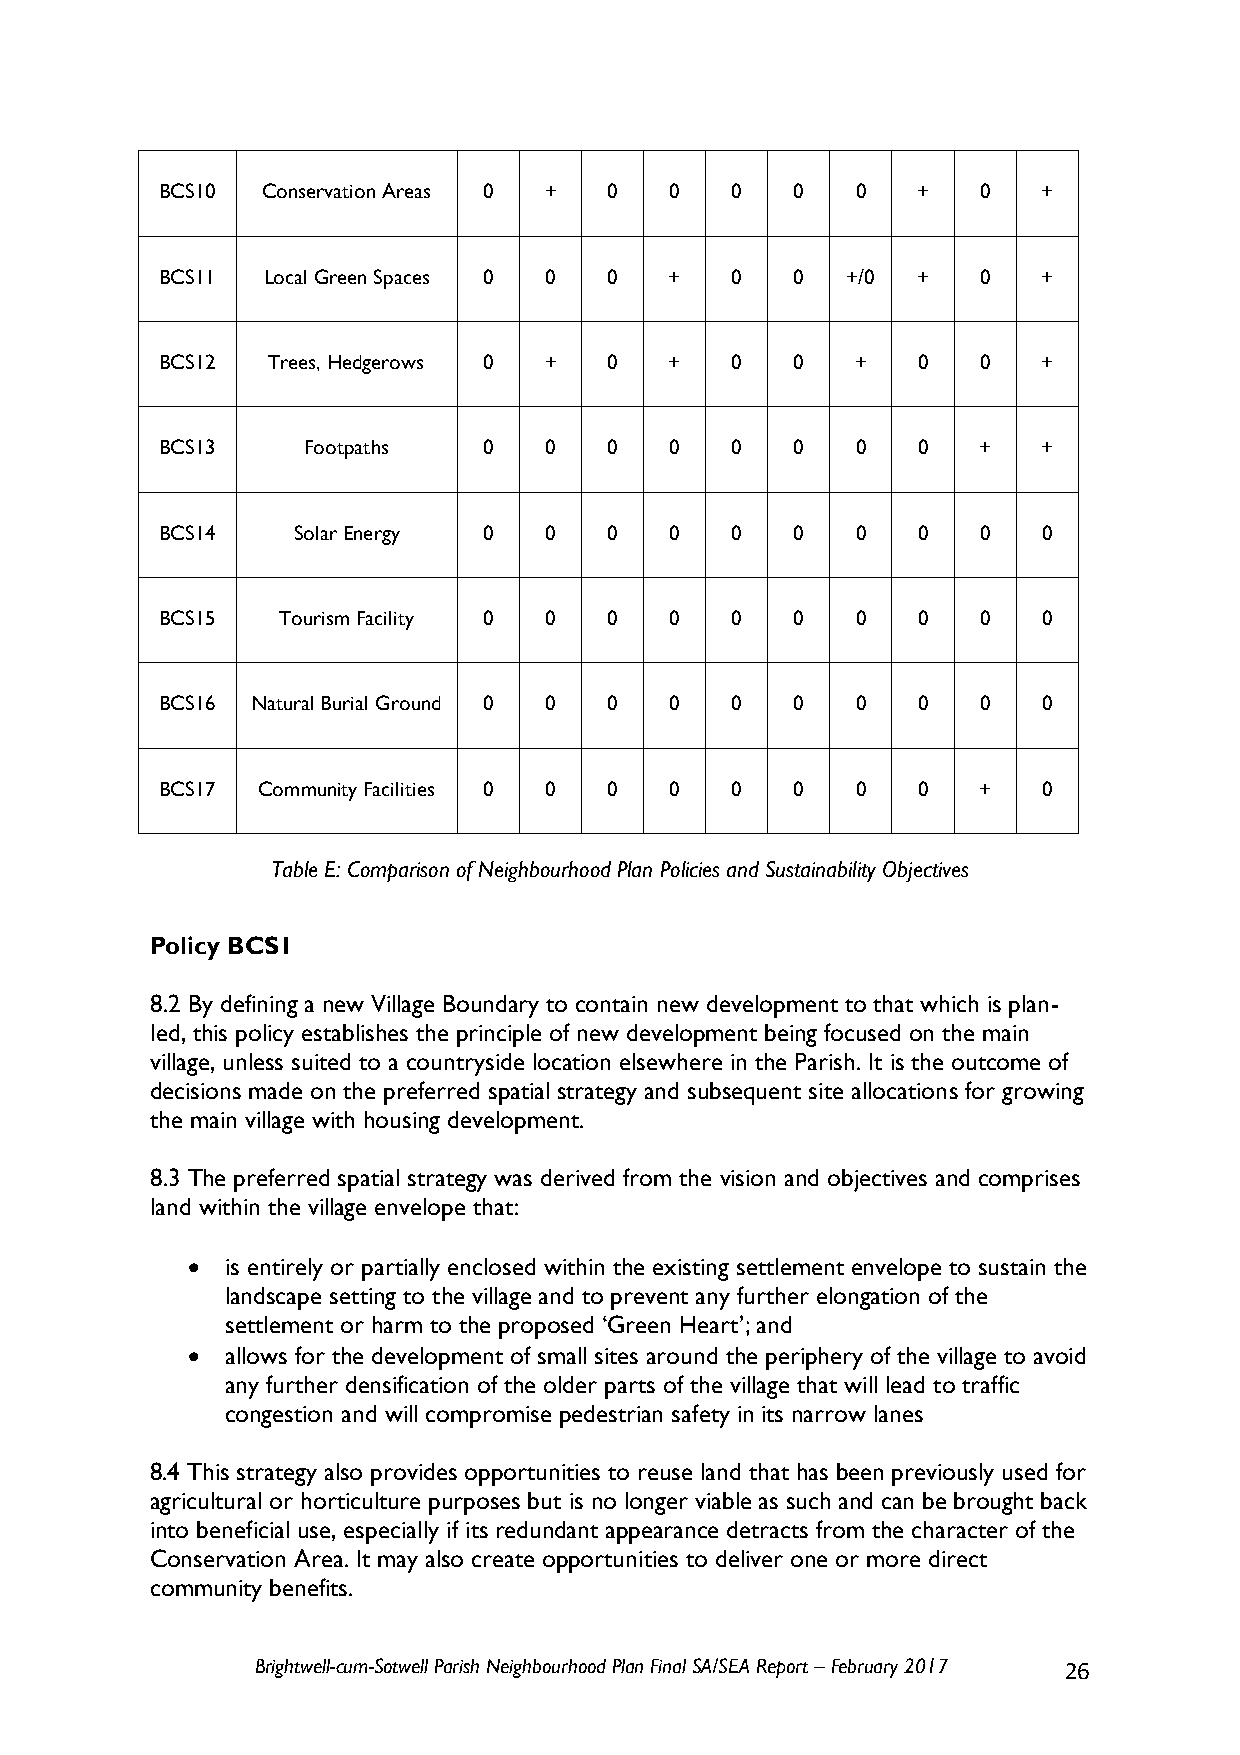
BCS10 Conservation Areas 0 + 0   0   0    0   0   +   0   +
 BCS11 Local Green Spaces 0 0 0   +   0    0  +/0  +   0   +
 BCS12  Trees, Hedgerows 0 +  0   +   0    0   +   0   0   +
 BCS13    Footpaths   0   0   0   0   0    0   0   0   +   +
 BCS14   Solar Energy 0   0   0   0   0    0   0   0   0   0
 BCS15  Tourism Facility 0 0  0   0   0    0   0   0   0   0
 BCS16 Natural Burial Ground 0 0 0 0  0    0   0   0   0   0
 BCS17 Community Facilities 0 0 0 0   0    0   0   0   +   0
 Table E: Comparison of Neighbourhood Plan Policies and Sustainability Objectives
 Policy BCS1
 8.2 By defining a new Village Boundary to contain new development to that which is plan-
 led, this policy establishes the principle of new development being focused on the main
 village, unless suited to a countryside location elsewhere in the Parish. It is the outcome of
 decisions made on the preferred spatial strategy and subsequent site allocations for growing
 the main village with housing development.
 8.3 The preferred spatial strategy was derived from the vision and objectives and comprises
 land within the village envelope that:
   is entirely or partially enclosed within the existing settlement envelope to sustain the
 landscape setting to the village and to prevent any further elongation of the
 settlement or harm to the proposed ‘Green Heart’; and
   allows for the development of small sites around the periphery of the village to avoid
 any further densification of the older parts of the village that will lead to traffic
 congestion and will compromise pedestrian safety in its narrow lanes
 8.4 This strategy also provides opportunities to reuse land that has been previously used for
 agricultural or horticulture purposes but is no longer viable as such and can be brought back
 into beneficial use, especially if its redundant appearance detracts from the character of the
 Conservation Area. It may also create opportunities to deliver one or more direct
 community benefits.
 Brightwell-cum-Sotwell Parish Neighbourhood Plan Final SA/SEA Report – February 2017 26